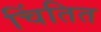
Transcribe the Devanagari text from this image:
चिंतित